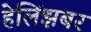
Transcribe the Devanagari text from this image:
हेलिंझबर